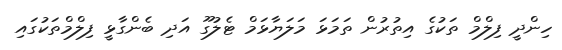
ހިންދީ ފިލްމް ތަކުގެ އިތުރުން ތަމަޅަ މަލަޔާޅަމް ޓެލުގޫ އަދި ބެންގާޅީ ފިލްމްތަކުގައި